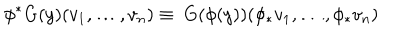
\phi ^ { * } G ( y ) ( v _ { 1 } , \ldots , v _ { n } ) \equiv \ G ( \phi ( y ) ) ( \phi _ { * } v _ { 1 } , \ldots , \phi _ { * } v _ { n } )